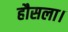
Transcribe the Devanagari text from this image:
हौसला।